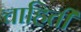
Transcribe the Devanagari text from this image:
चाहिती